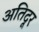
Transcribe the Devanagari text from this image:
अतिदूर